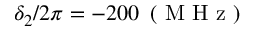
\delta _ { 2 } / 2 \pi = - 2 0 0 \, \mathrm { ~ ( ~ M ~ H ~ z ~ ) ~ }